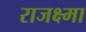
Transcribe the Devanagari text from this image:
राजक्ष्मा